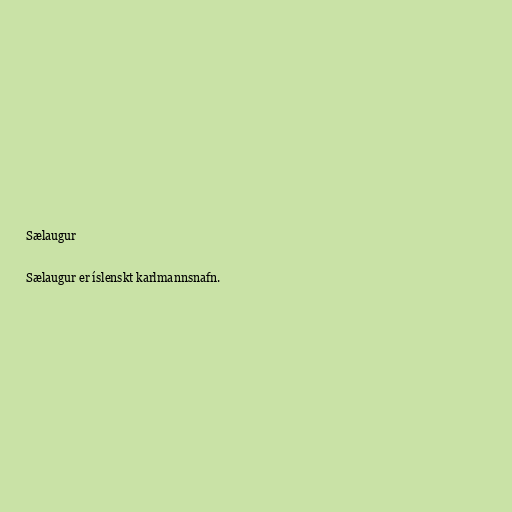
Sælaugur

Sælaugur er íslenskt karlmannsnafn.